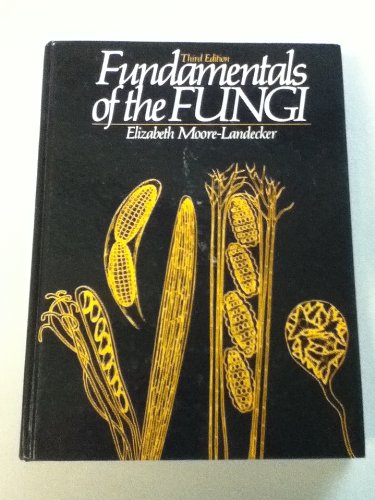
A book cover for Fundamentals of the Fungi; Elizabeth Moore-Landecker; Medical Books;